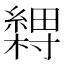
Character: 𬗽